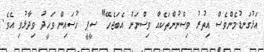
އަޅުގަނޑުމެންވެސް އިތުރު ވިސްނުންތަކެއް ވިސްނަން އެބަޖެހޭ" ސީޕީ ހުސައިން ވަހީދު ވިދާޅުވި އެވެ.